Lunatic asylums Punjab 1911-1921 - 1911-1921
Year: 1911
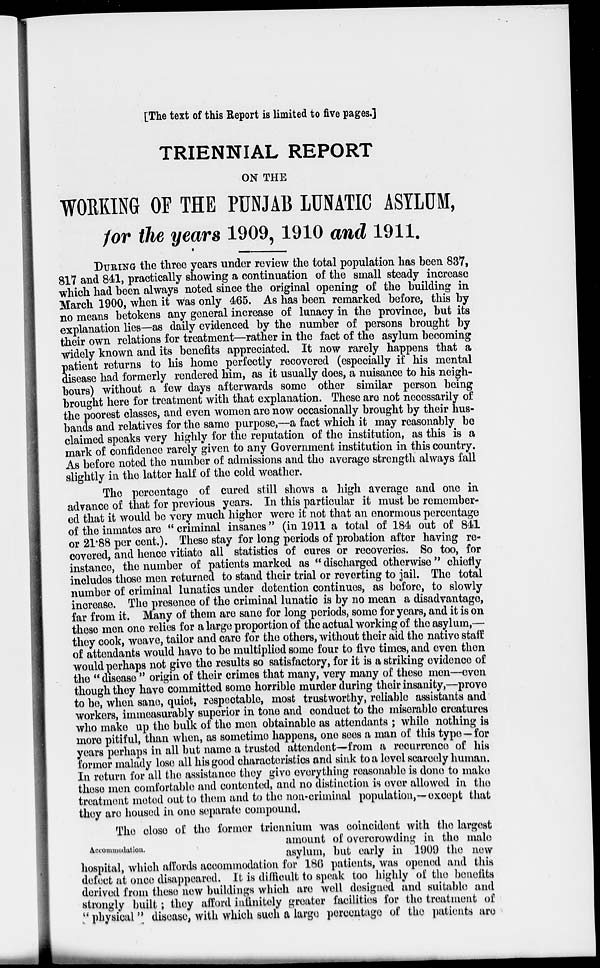
[The text of this Report is limited to five pages.]
TRIENNIAL REPORT
ON THE
WORKING OF THE PUNJAB LUNATIC ASYLUM,
for the years 1909,1910 and 1911.
DURING the three years under review the total population has been 837,
817 and 841, practically showing a continuation of the small steady increase
which had been always noted since the original opening of the building in
March 1900, when it was only 465. As has been remarked before, this by
no means betokens any general increase of lunacy in the province, but its
explanation lies—as daily evidenced by the number of persons brought by
their own relations for treatment—rather in the fact of the asylum becoming
widely known and its benefits appreciated. It now rarely happens that a
p atient returns to his home perfectly recovered (especially if his mental
disease had formerly rendered him, as it usually does, a nuisance to his neigh-
bours) without a few days afterwards some other similar person being
brought here for treatment with that explanation. These are not necessarily of
the poorest classes, and even women are now occasionally brought by their hus-
bands and relatives for the same purpose,—a fact which it may reasonably be
claimed speaks very highly for the reputation of the institution, as this is a
mark of confidence rarely given to any Government institution in this country.
As before noted the number of admissions and the average strength always fall
slightly in the latter half of the cold weather.
The percentage of cured still shows a high average and one in
advance of that for previous years. In this particular it must be remember-
ed that it would be very much higher were it not that an enormous percentage
of the inmates are " criminal insanes" (in 1911 a total of 184 out of 841
or 21.88 per cent.). These stay for long periods of probation after having re-
covered, and hence vitiate all statistics of cures or recoveries. So too, for
instance, the number of patients marked as " discharged otherwise " chiefly
includes those men returned to stand their trial or reverting to jail. The total
number of criminal lunatics under detention continues, as before, to slowly
increase. The presence of the criminal lunatic is by no mean a disadvantage,
far from it. Many of them are sane for long periods, some for years, and it is on
these men one relies for a large proportion of the actual working of the asylum,—
they cook, weave, tailor and care for the others, without their aid the native staff
of attendants would have to be multiplied some four to five times, and even then
would perhaps not give the results so satisfactory, for it is a striking evidence of
the " disease " origin of their crimes that many, very many of these men—even
though they have committed some horrible murder during their insanity,—prove
to be, when sane, quiet, respectable, most trustworthy, reliable assistants and
workers, immeasurably superior in tone and conduct to the miserable creatures
who make up the bulk of the men obtainable as attendants ; while nothing is
more pitiful, than when, as sometime happens, one sees a man of this type—for
years perhaps in all but name a trusted attendent—from a recurrence of his
former malady lose all his good characteristics and sink to a level scarcely human.
In return for all the assistance they give everything reasonable is done to make
these men comfortable and contented, and no distinction is over allowed in the
treatment meted out to them and to the non-criminal population,—except that
they are housed in one separate compound.
Accommodation.
The close of the former triennium was coincident with the largest
amount of overcrowding in the male
asylum, but early in 1909 the new
hospital, which affords accommodation for 186 patients, was opened and this
defect at once disappeared. It is difficult to speak too highly of the benefits
derived from these new buildings which are well designed and suitable and
strongly built; they afford infinitely greater facilities for the treatment of
" physical" disease, with which such a large percentage of the patients are